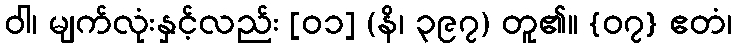
ဝါ၊ မျက်လုံးနှင့်လည်း [၀၁] (နိ၊ ၃၉၇) တူ၏။ {၀၇} ဧတံ၊